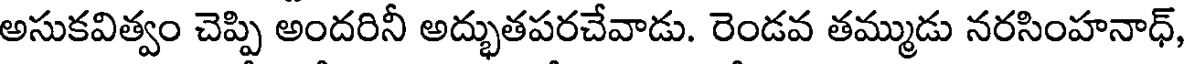
అసుకవిత్వం చెప్పి అందరినీ అద్భుతపరచేవాడు. రెండవ తమ్ముడు నరసింహనాధ్,